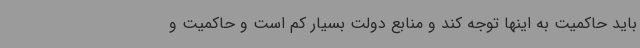
باید حاکمیت به اینها توجه کند و منابع دولت بسیار کم است و حاکمیت و